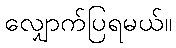
လျှောက်ပြရမယ်။